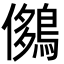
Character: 𪂄